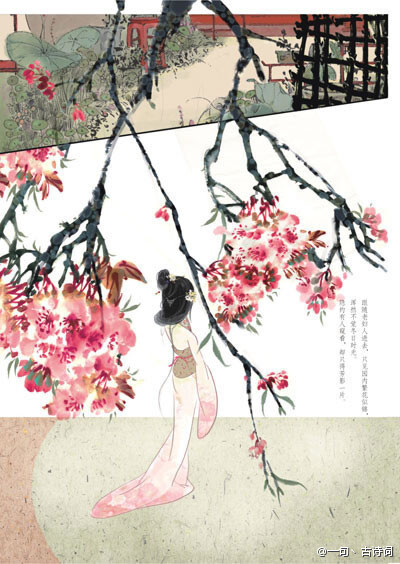
怕相思，已相思，轮到相思没处辞，眉间露一丝。